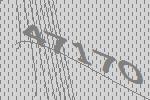
47170